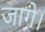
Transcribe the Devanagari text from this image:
जागे।